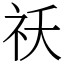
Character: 祅